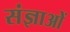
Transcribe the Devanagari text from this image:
संज्ञाओें